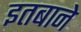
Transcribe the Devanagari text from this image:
इतबाने